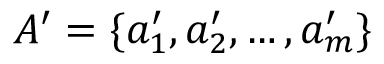
A ^ { \prime } = \{ a _ { 1 } ^ { \prime } , a _ { 2 } ^ { \prime } , \dots , a _ { m } ^ { \prime } \}